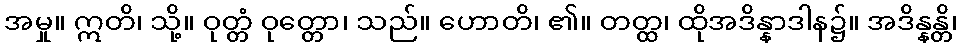
အမှု။ ဣတိ၊ သို့။ ဝုတ္တံ ဝုတ္တော၊ သည်။ ဟောတိ၊ ၏။ တတ္ထ၊ ထိုအဒိန္နာဒါန၌။ အဒိန္နန္တိ၊